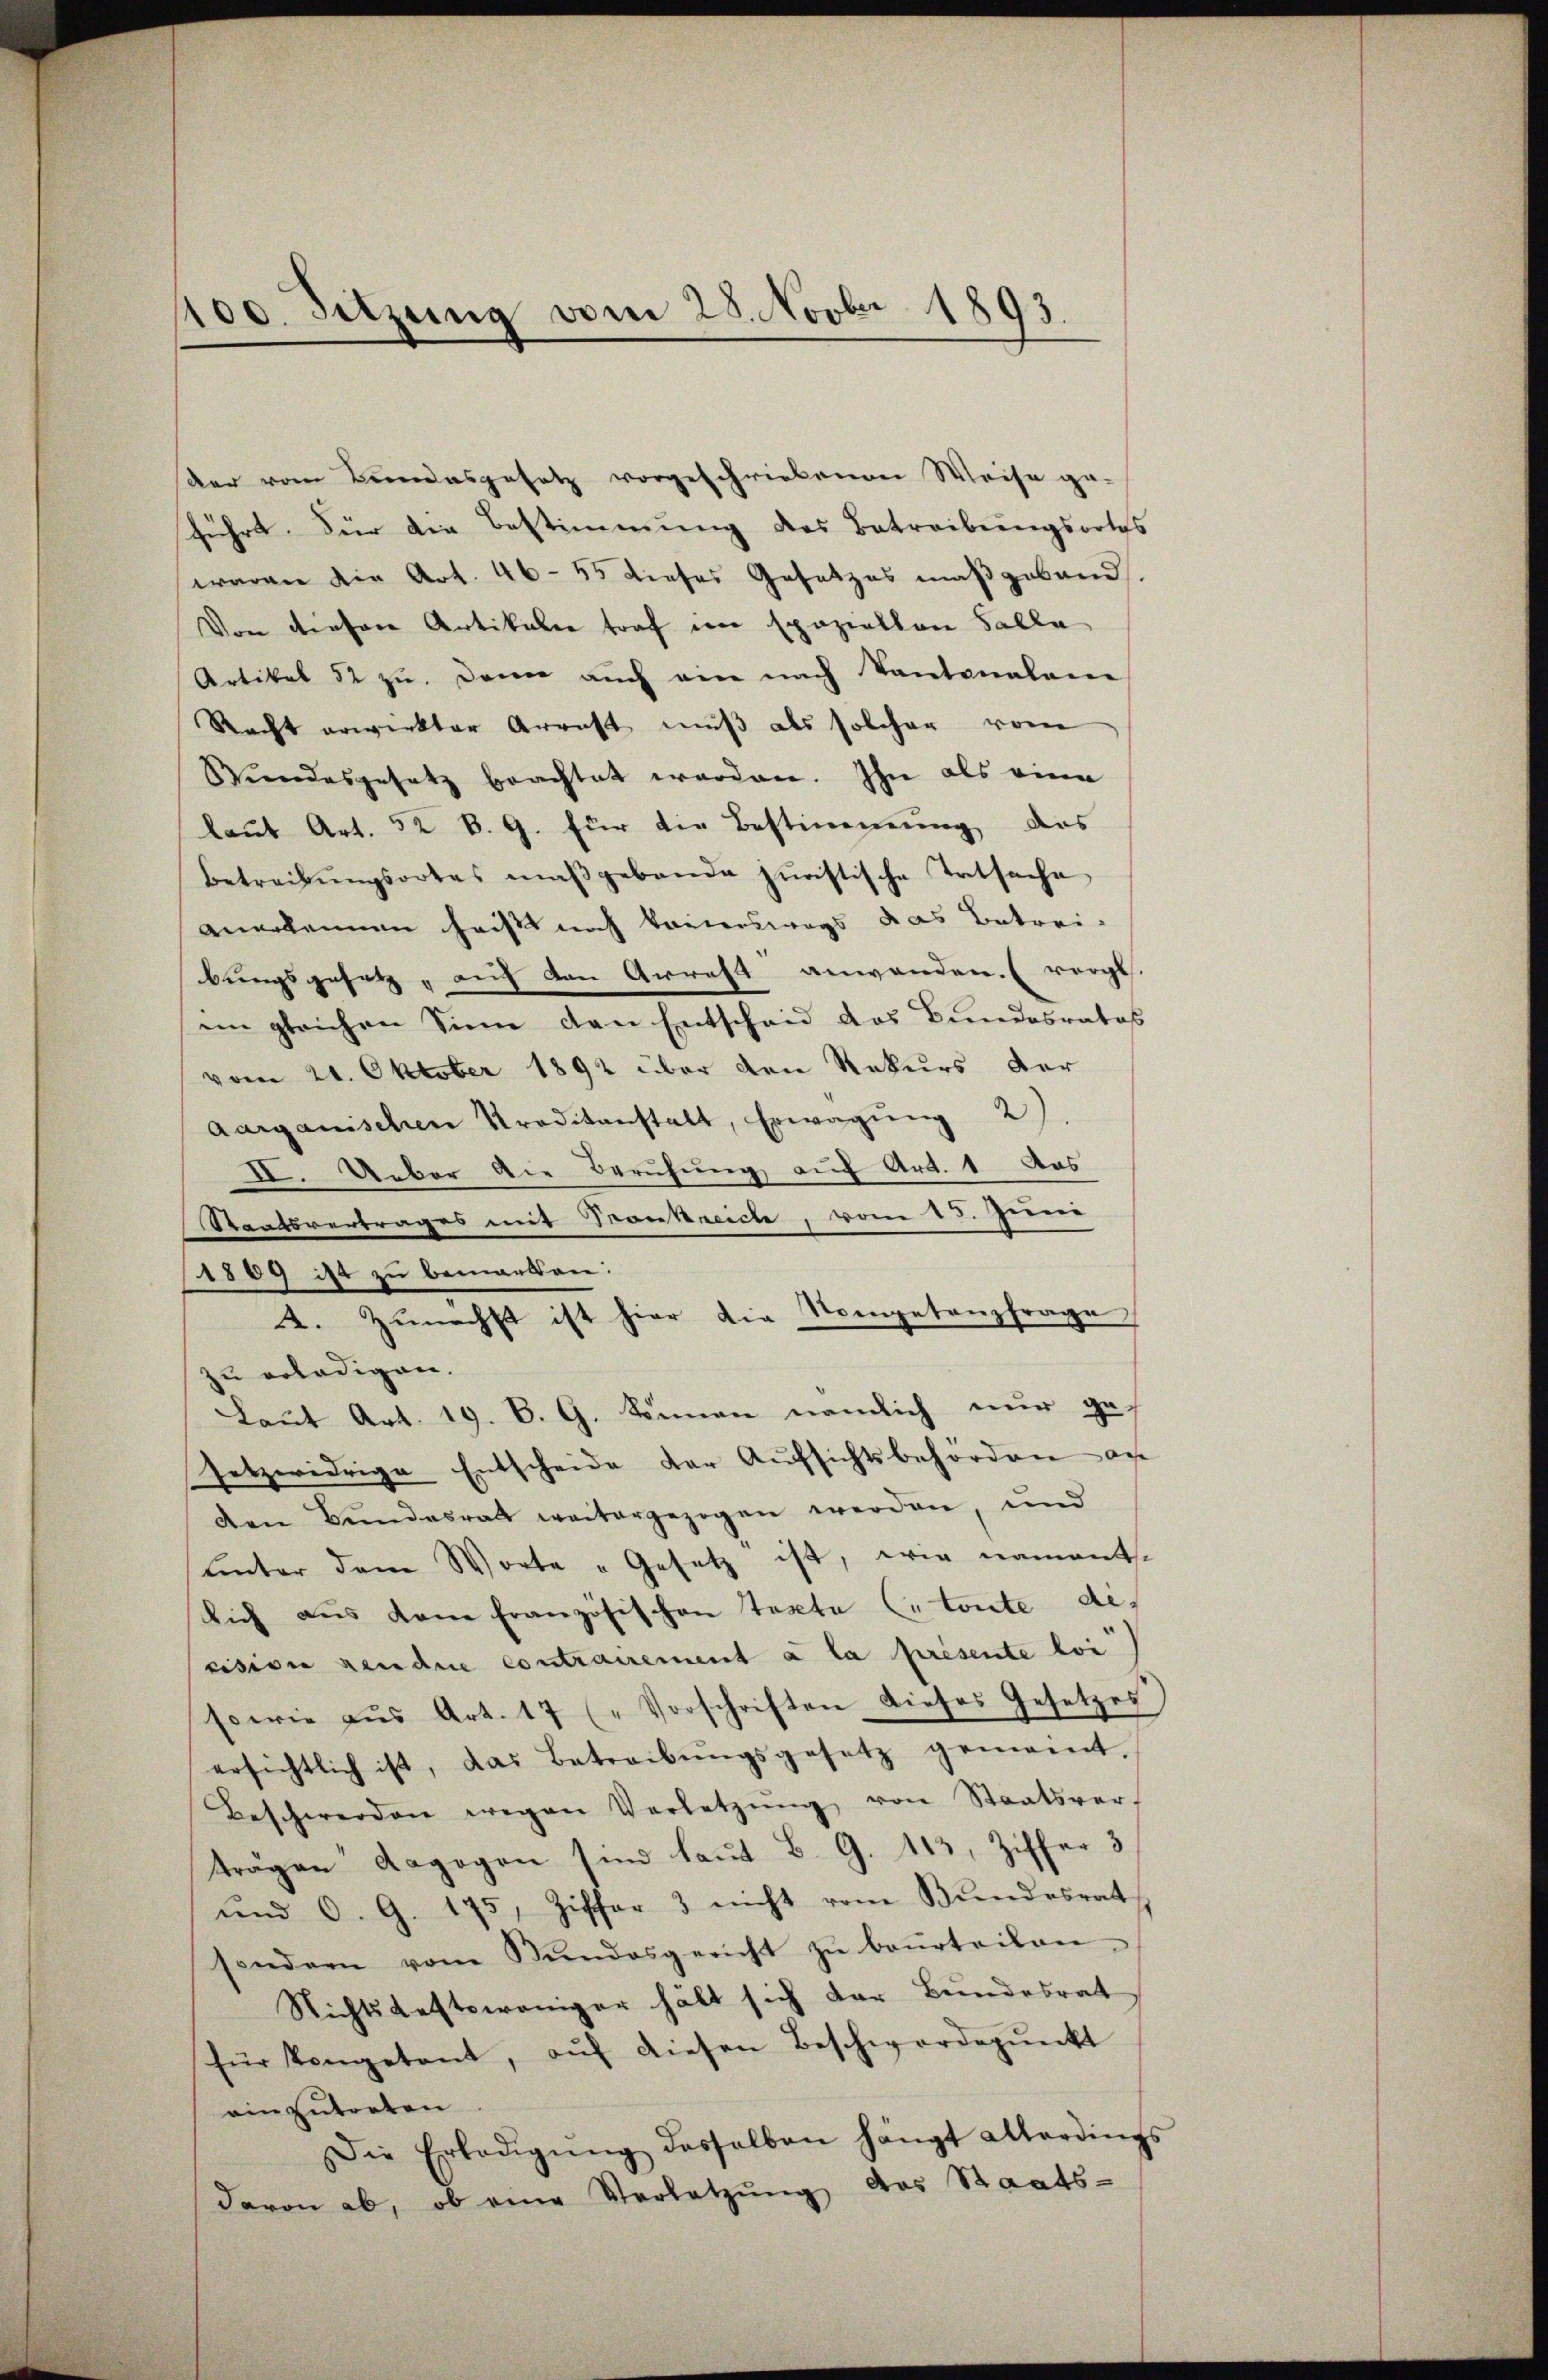
100. Sitzung vom 28. Novbr. 1893.

der vom Bundesgesetz vorgeschriebenen Weise ge-
führt. Für die Bestimmung des Betreibungsortes
waren die Art. 46-55 dieses Gesetzes maßgeband
Von dieser Artikalie traf im spaziellen Falle
Artikel 52 zŭ. Dann auch am nach Kantonalen
Recht erwirkter Arrest muß als solcher vom
Stŭndesgesetz brachtet worden. Ihn als eine
laut Art. 52 B. G. für die Bestimmung ders
betreibŭngsortes maßgebande juristische Tatsache
anerkennen hast noch treterswegs das Betrei-
bungsgesetz, auch den Arrest anwenden. (vergl.
im gleichen Sinn den Entscheid das Bundesrates
vom 21. Oktober 1892 über den Rekurs der
aarganischen Preditanstalt, Erwägung 2)
XI. Ueber die Berufung auf Art. 1 das
Staatsvertrages mit Trankreiche, vom 15. Jenner
1889 ist zu bemerken:
2. Zunächst ist hier die Nompetenzfrage
zu erledigen.
Laut Art. 19. B. G. können nämlich nur ge-
setzwidrige Entscheide der Aufsichtsbehörden an
den Bundesrath weitergezogen werden, und
ŭnter dem Worte „Gesetz ist, wie nament.
Dich aus dem französischen Texte toute des
rision rendue contrairement à la présente loi
sowie aŭs Art. 17 (" Vorschriften dieses Gesetzes
ersichtlich ist, das Betreibŭngsgesetz gemeint.
Beschwerden wegen Verletzŭng von Staatsver-
trägen dagegen sind laut B. G. 113, Ziffer 3
und O. G. 175, Ziffer 3 nicht vom Bŭndesrat
sondern vom Bundesgericht zŭ beŭrteilen.
Nichtsgestoweniger hält sich der Bundesrat
für kongetant, aŭf diesen Beschwerdepŭnkt
einzutreten
Die Erledigŭng desselben hängt Abordings
davon ab, ob eine Verletzŭng das Staats-